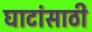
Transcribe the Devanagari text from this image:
घाटांसाठी